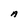
Character: A